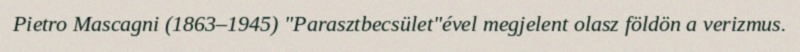
Pietro Mascagni (1863–1945) "Parasztbecsület"ével megjelent olasz földön a verizmus.